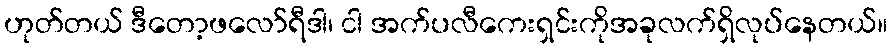
ဟုတ်တယ် ဒီတော့ဖလော်ရီဒါ၊ ငါ အက်ပလီကေးရှင်းကိုအခုလက်ရှိလုပ်နေတယ်။